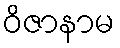
ဝိဇာနာမ